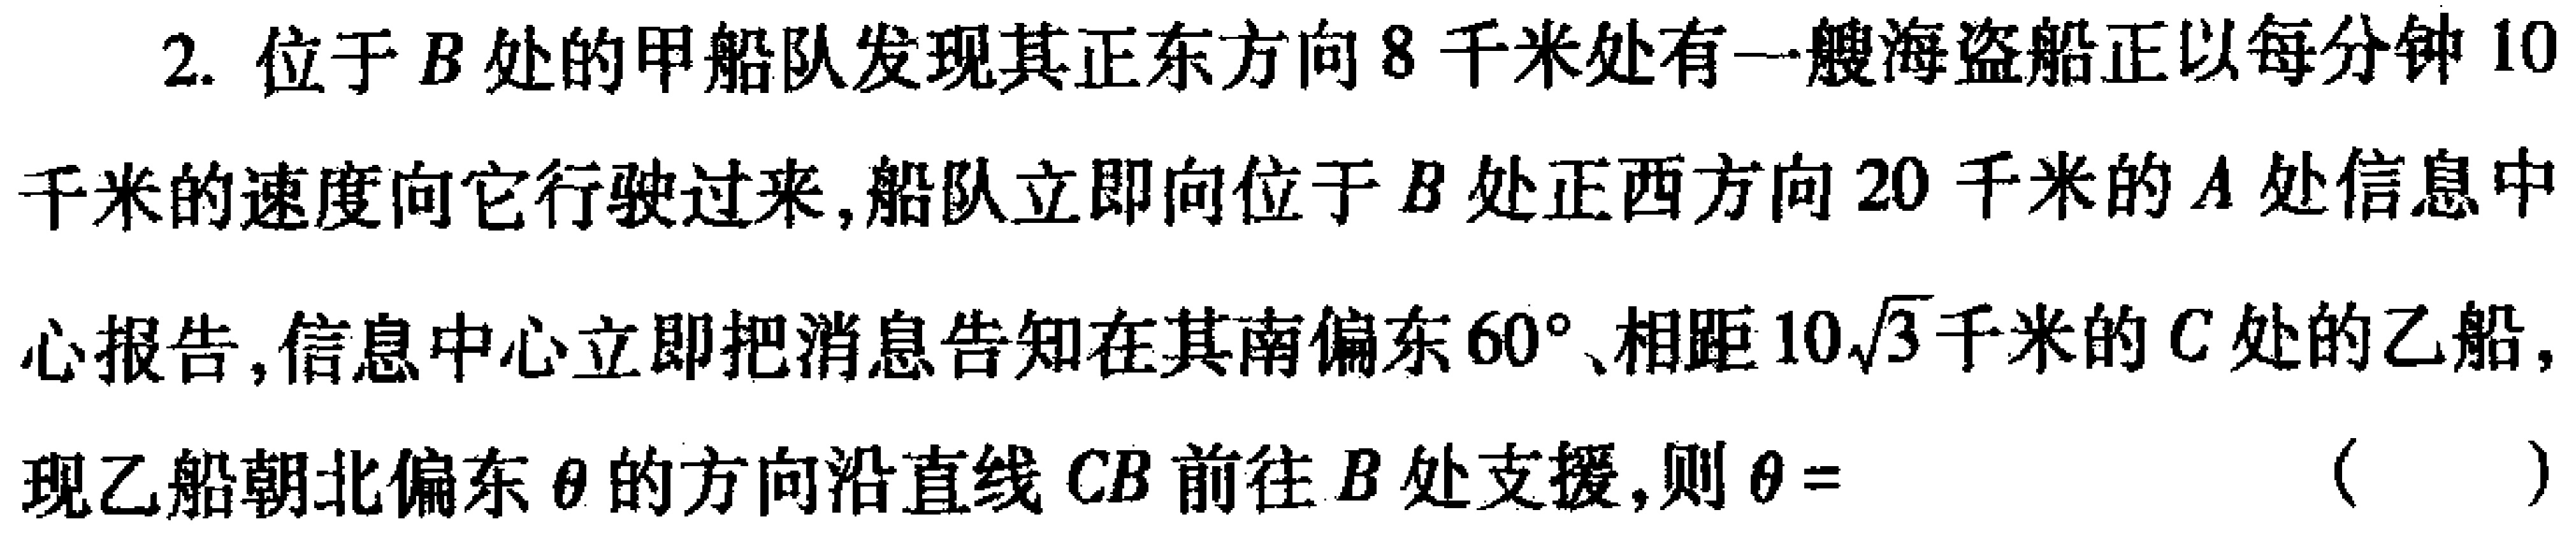
2. 位于\(B\)处的甲船队发现其正东方向\(8\)千米处有一艘海盗船正以每分钟\(10\)千米的速度向它行驶过来，船队立即向位于\(B\)处正西方向\(20\)千米的\(A\)处信息中心报告，信息中心立即把消息告知在其南偏东\(60^{\circ}\)、相距\(10\sqrt{3}\)千米的\(C\)处的乙船，现乙船朝北偏东\(\theta\)的方向沿直线\(CB\)前往\(B\)处支援，则\(\theta =\)（  ）